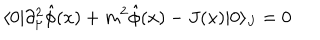
\langle 0 | \partial _ { \mu } ^ { 2 } \hat { \phi } ( x ) + m ^ { 2 } \hat { \phi } ( x ) - J ( x ) | 0 \rangle _ { J } = 0